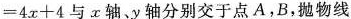
= 4 x + 4$$与x轴、y 轴分别交于点A，B，抛物线